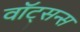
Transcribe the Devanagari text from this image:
वॉट्सन्स